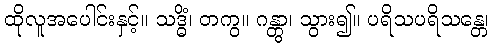
ထိုလူအပေါင်းနှင့်။ သဒ္ဓိံ၊ တကွ။ ဂန္တွာ၊ သွား၍။ ပရိသပရိသန္တေ၊